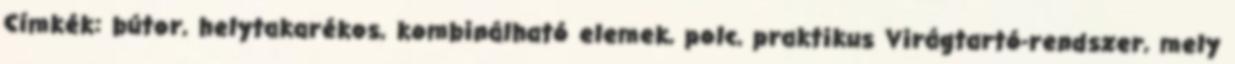
Címkék: bútor, helytakarékos, kombinálható elemek, polc, praktikus Virágtartó-rendszer, mely